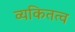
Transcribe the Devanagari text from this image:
व्यकितत्व